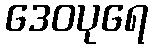
ဒေဝပုရေ